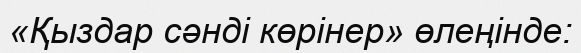
«Қыздар сәнді көрінер» өлеңінде: